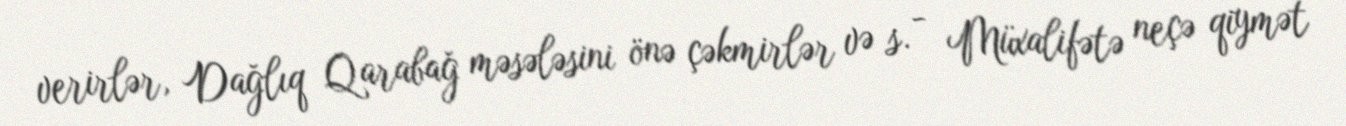
verirlər, Dağlıq Qarabağ məsələsini önə çəkmirlər və s. - Müxalifətə neçə qiymət